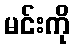
မင်းကို